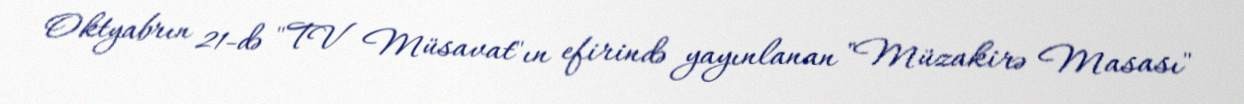
Oktyabrın 21-də "TV Müsavat"ın efirində yayınlanan "Müzakirə Masası"